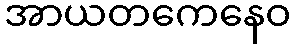
အာယတကေနေဝ